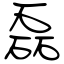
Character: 磊